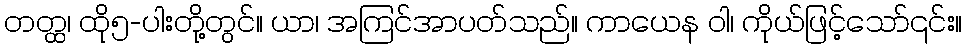
တတ္ထ၊ ထို၅-ပါးတို့တွင်။ ယာ၊ အကြင်အာပတ်သည်။ ကာယေန ဝါ၊ ကိုယ်ဖြင့်သော်၎င်း။